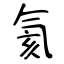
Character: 氦